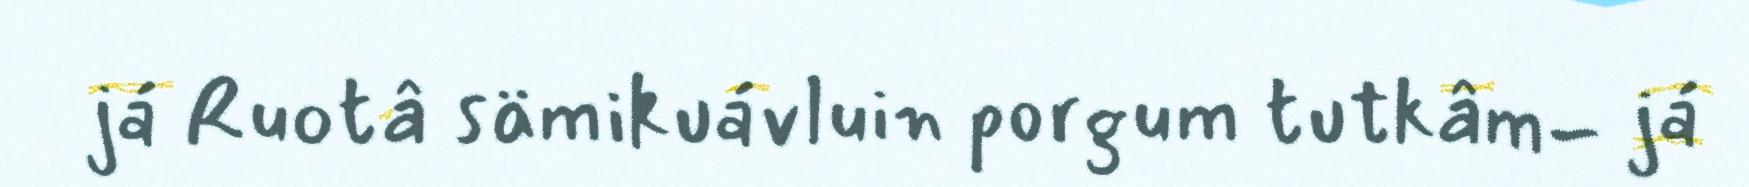
já Ruotâ sämikuávluin porgum tutkâm- já